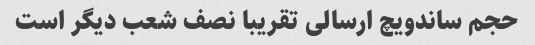
حجم ساندویچ ارسالی تقریبا نصف شعب دیگر است